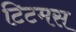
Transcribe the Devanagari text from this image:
टिटमस